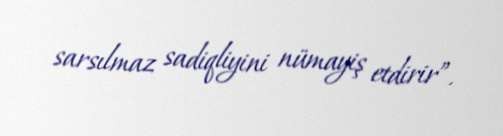
sarsılmaz sadiqliyini nümayiş etdirir”.